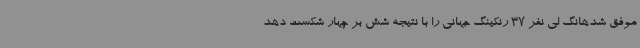
موفق شدهانگ لی نفر 37 رنکینگ جهانی را با نتیجه شش بر چهار شکست دهد